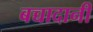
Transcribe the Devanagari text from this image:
बच्चादानी